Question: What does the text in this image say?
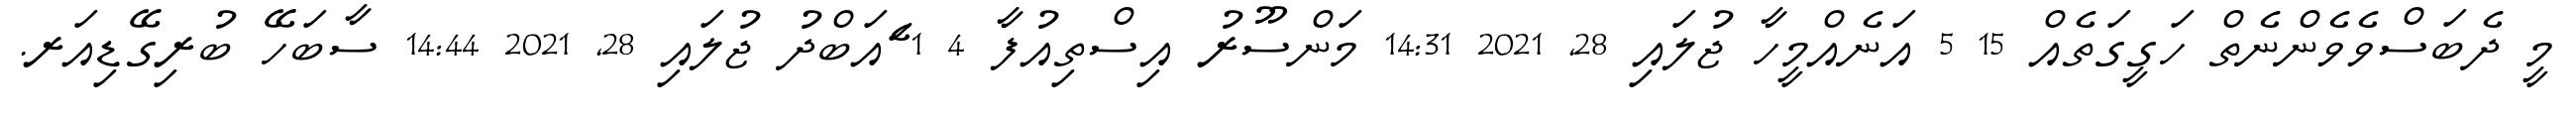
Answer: މީ ދެބަސްވެވެންނެތް ހަގީގަތެއް 15 5 އަނެއްމީހާ ޖުލައި 28, 2021 14:31 މަންސޫރު އިސްތިއުފާ 4 1 ެައަބްދު ޖުލައި 28, 2021 14:44 ސާބަހޭ ބުރިގޭޑިއަރ.